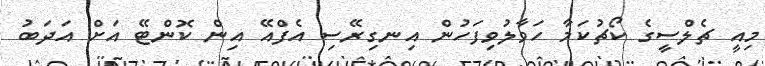
މިއީ ޗެލްސީގެ ކޯޗުކަމާ ހަވާލުވިފަހުން އިނގިރޭސި އެފްއޭ އިން ކޮންޓޭ އަށް އަދަބު